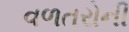
વળતરોની